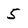
Character: 5